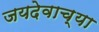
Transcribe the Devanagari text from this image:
जयदेवाच्या